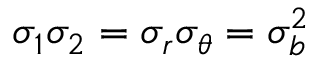
\sigma _ { 1 } \sigma _ { 2 } = \sigma _ { r } \sigma _ { \theta } = \sigma _ { b } ^ { 2 }